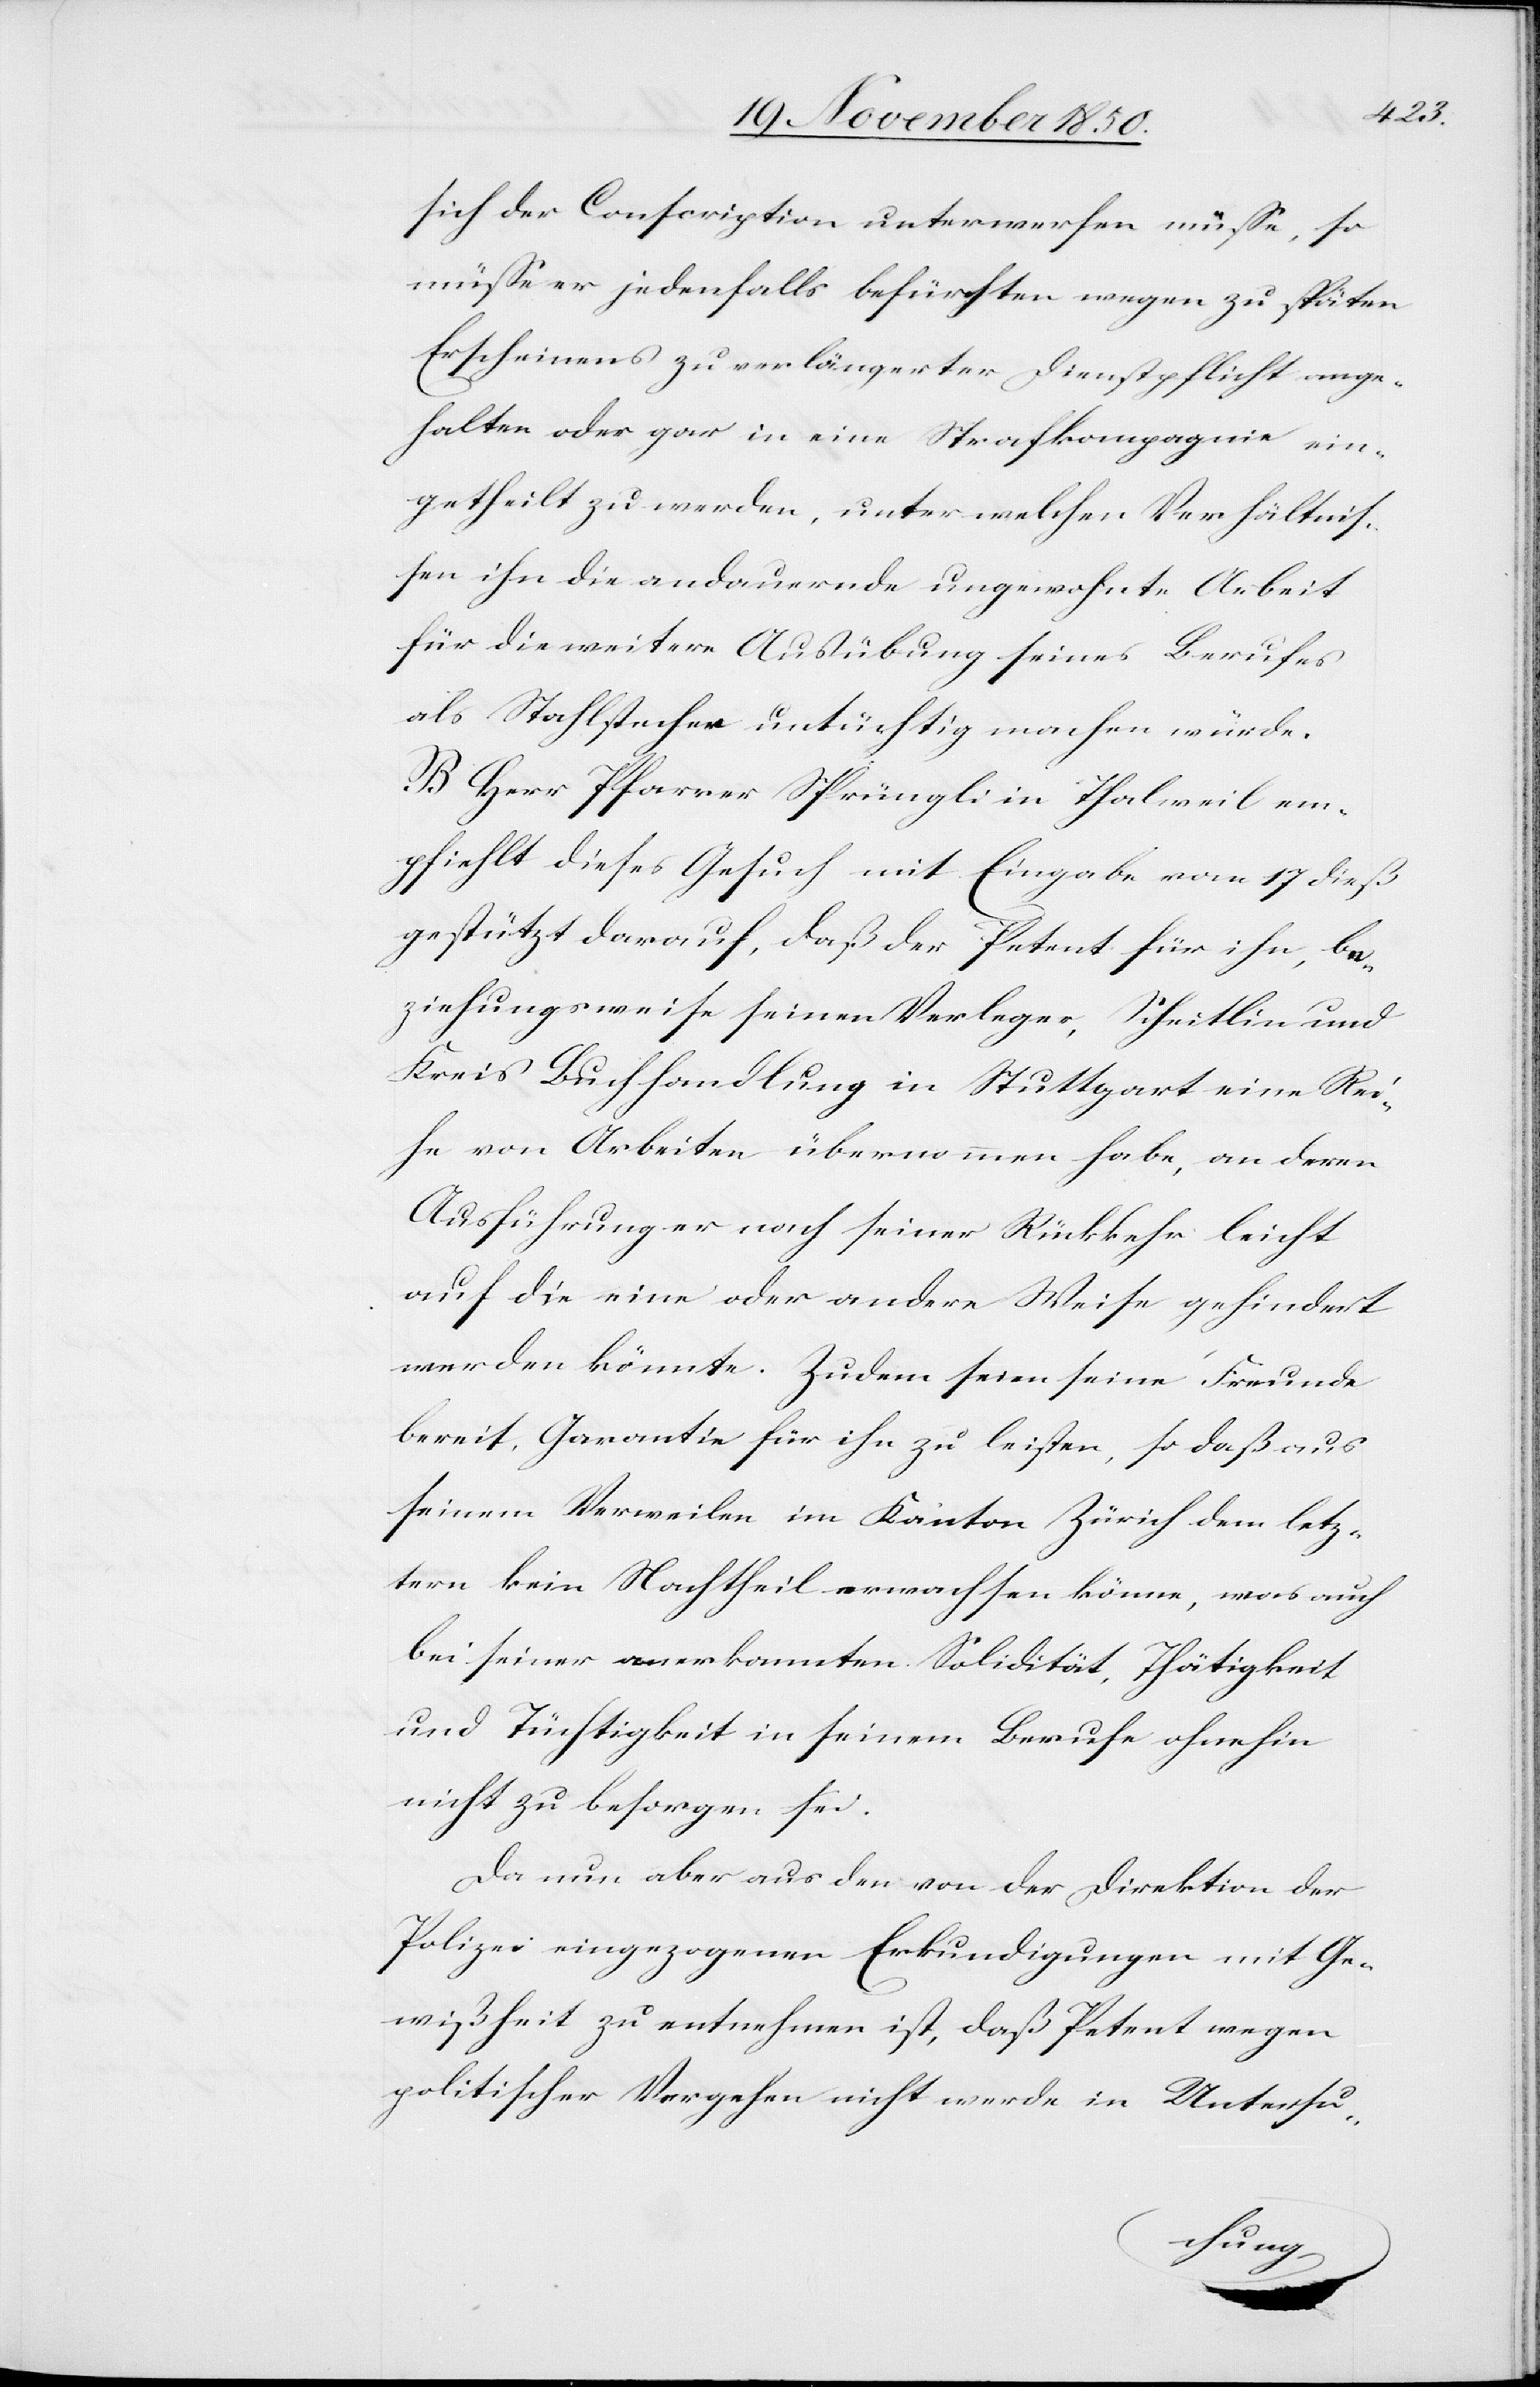
sich der Conscription unterwerfen müsse, so
müsse er jedenfalls befürchten wegen zu späten
Erscheinens zu verlängerter Dienstpflicht ange¬
halten oder gar in eine Strafkompagnie ein¬
getheilt zu werden, unter welchen Verhältnis¬
sen ihn die andauernde ungewohnte Arbeit
für die weitere Ausübung seines Berufes
als Stahlstecher untüchtig machen würde.
B Herr Pfarrer Sprüngli in Thalweil em¬
pfiehlt dieses Gesuch mit Eingabe vom 17 dieß
gestützt darauf, daß der Petent für ihn, be¬
ziehungsweise seinen Verleger, Scheitlin und
Kreis Buchhandlung in Stuttgart eine Rei¬
he von Arbeiten übernommen habe, an deren
Ausführung er nach seiner Rückkehr leicht
auf die eine oder andere Weise gehindert
werden könnte. Zudem seien seine Freunde
bereit, Garantie für ihn zu leisten, so daß aus
seinem Verweilen im Kanton Zürich dem letz¬
tern kein Nachtheil erwachsen könne, was auch
bei seiner anerkannten Solidität, Thätigkeit
und Tüchtigkeit in seinem Berufe ohnehin
nicht zu besorgen sei.
Da nun aber aus den von der Direktion der
Polizei eingezogenen Erkundigungen mit Ge¬
wißheit zu entnehmen ist, daß Petent wegen
politischer Vergehen nicht werde in Untersu-